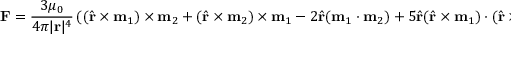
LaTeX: \mathbf { F } = { \frac { 3 \mu _ { 0 } } { 4 \pi | \mathbf { r } | ^ { 4 } } } \left( ( { \hat { \mathbf { r } } } \times \mathbf { m } _ { 1 } ) \times \mathbf { m } _ { 2 } + ( { \hat { \mathbf { r } } } \times \mathbf { m } _ { 2 } ) \times \mathbf { m } _ { 1 } - 2 { \hat { \mathbf { r } } } ( \mathbf { m } _ { 1 } \cdot \mathbf { m } _ { 2 } ) + 5 { \hat { \mathbf { r } } } ( { \hat { \mathbf { r } } } \times \mathbf { m } _ { 1 } ) \cdot ( { \hat { \mathbf { r } } } \times \mathbf { m } _ { 2 } ) \right) .